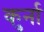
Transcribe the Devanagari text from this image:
कुर्ना